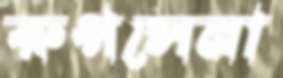
রুপসেনা